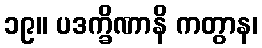
၁၉။ ပဒက္ခိဏာနိ ကတွာန၊